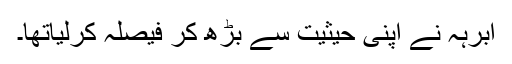
ابرہہ نے اپنی حیثیت سے بڑھ کر فیصلہ کرلیاتھا۔